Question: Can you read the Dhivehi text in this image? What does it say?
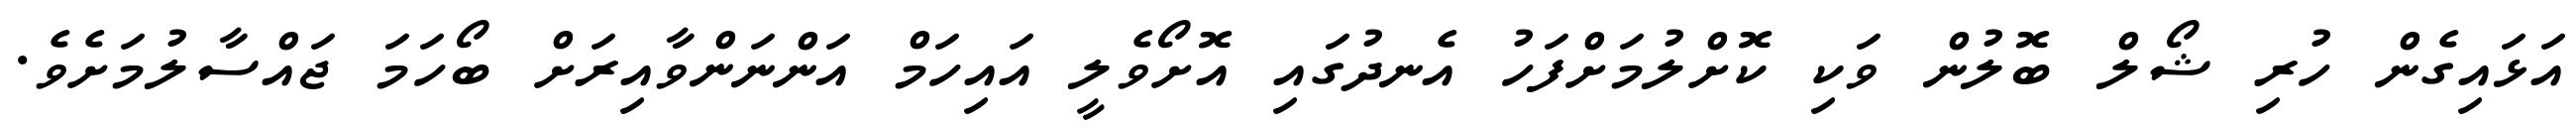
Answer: އަޅައިގެން ހުރި ޝޯލް ބޮލުން ވަކި ކޮށްލުމަށްފަހު އެނދުގައި އޮށޯވެލީ އައިހަމް އަންނަންވާއިރަށް ބޯހަމަ ޖައްސާލުމަށެވެ.